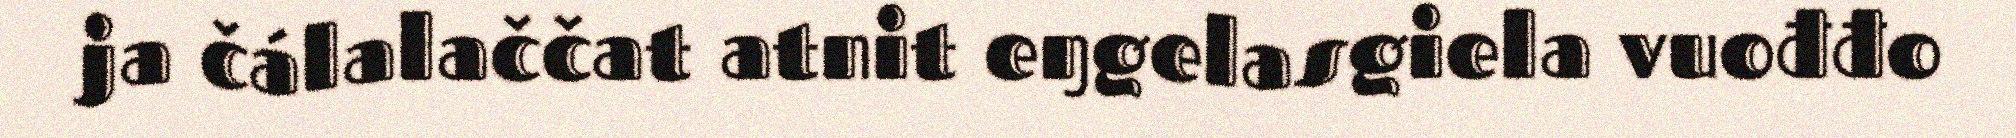
ja čálalaččat atnit eŋgelasgiela vuođđo